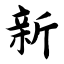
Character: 新